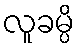
လူခမ္ပိ